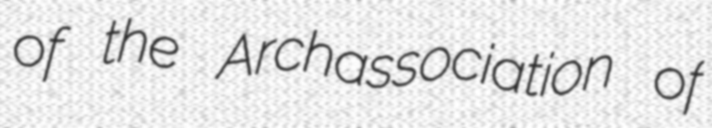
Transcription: of the Archassociation of